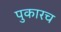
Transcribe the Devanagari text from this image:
पुकारच